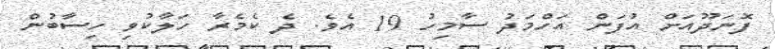
ފޮނަދޫއަށް އުފަން އަހްމަދު ސާމިހު 19 އެވެ. ދެ ކެމެރާ ހަލާކުވި ހިސާބުން